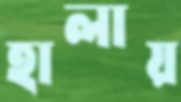
হালায়